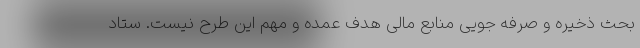
بحث ذخیره و صرفه جویی منابع مالی هدف عمده و مهم این طرح نیست. ستاد